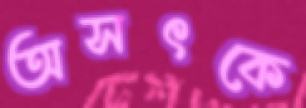
অসৎকে